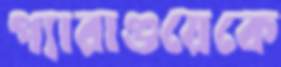
প্যারাগুয়েকে